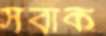
সবাক